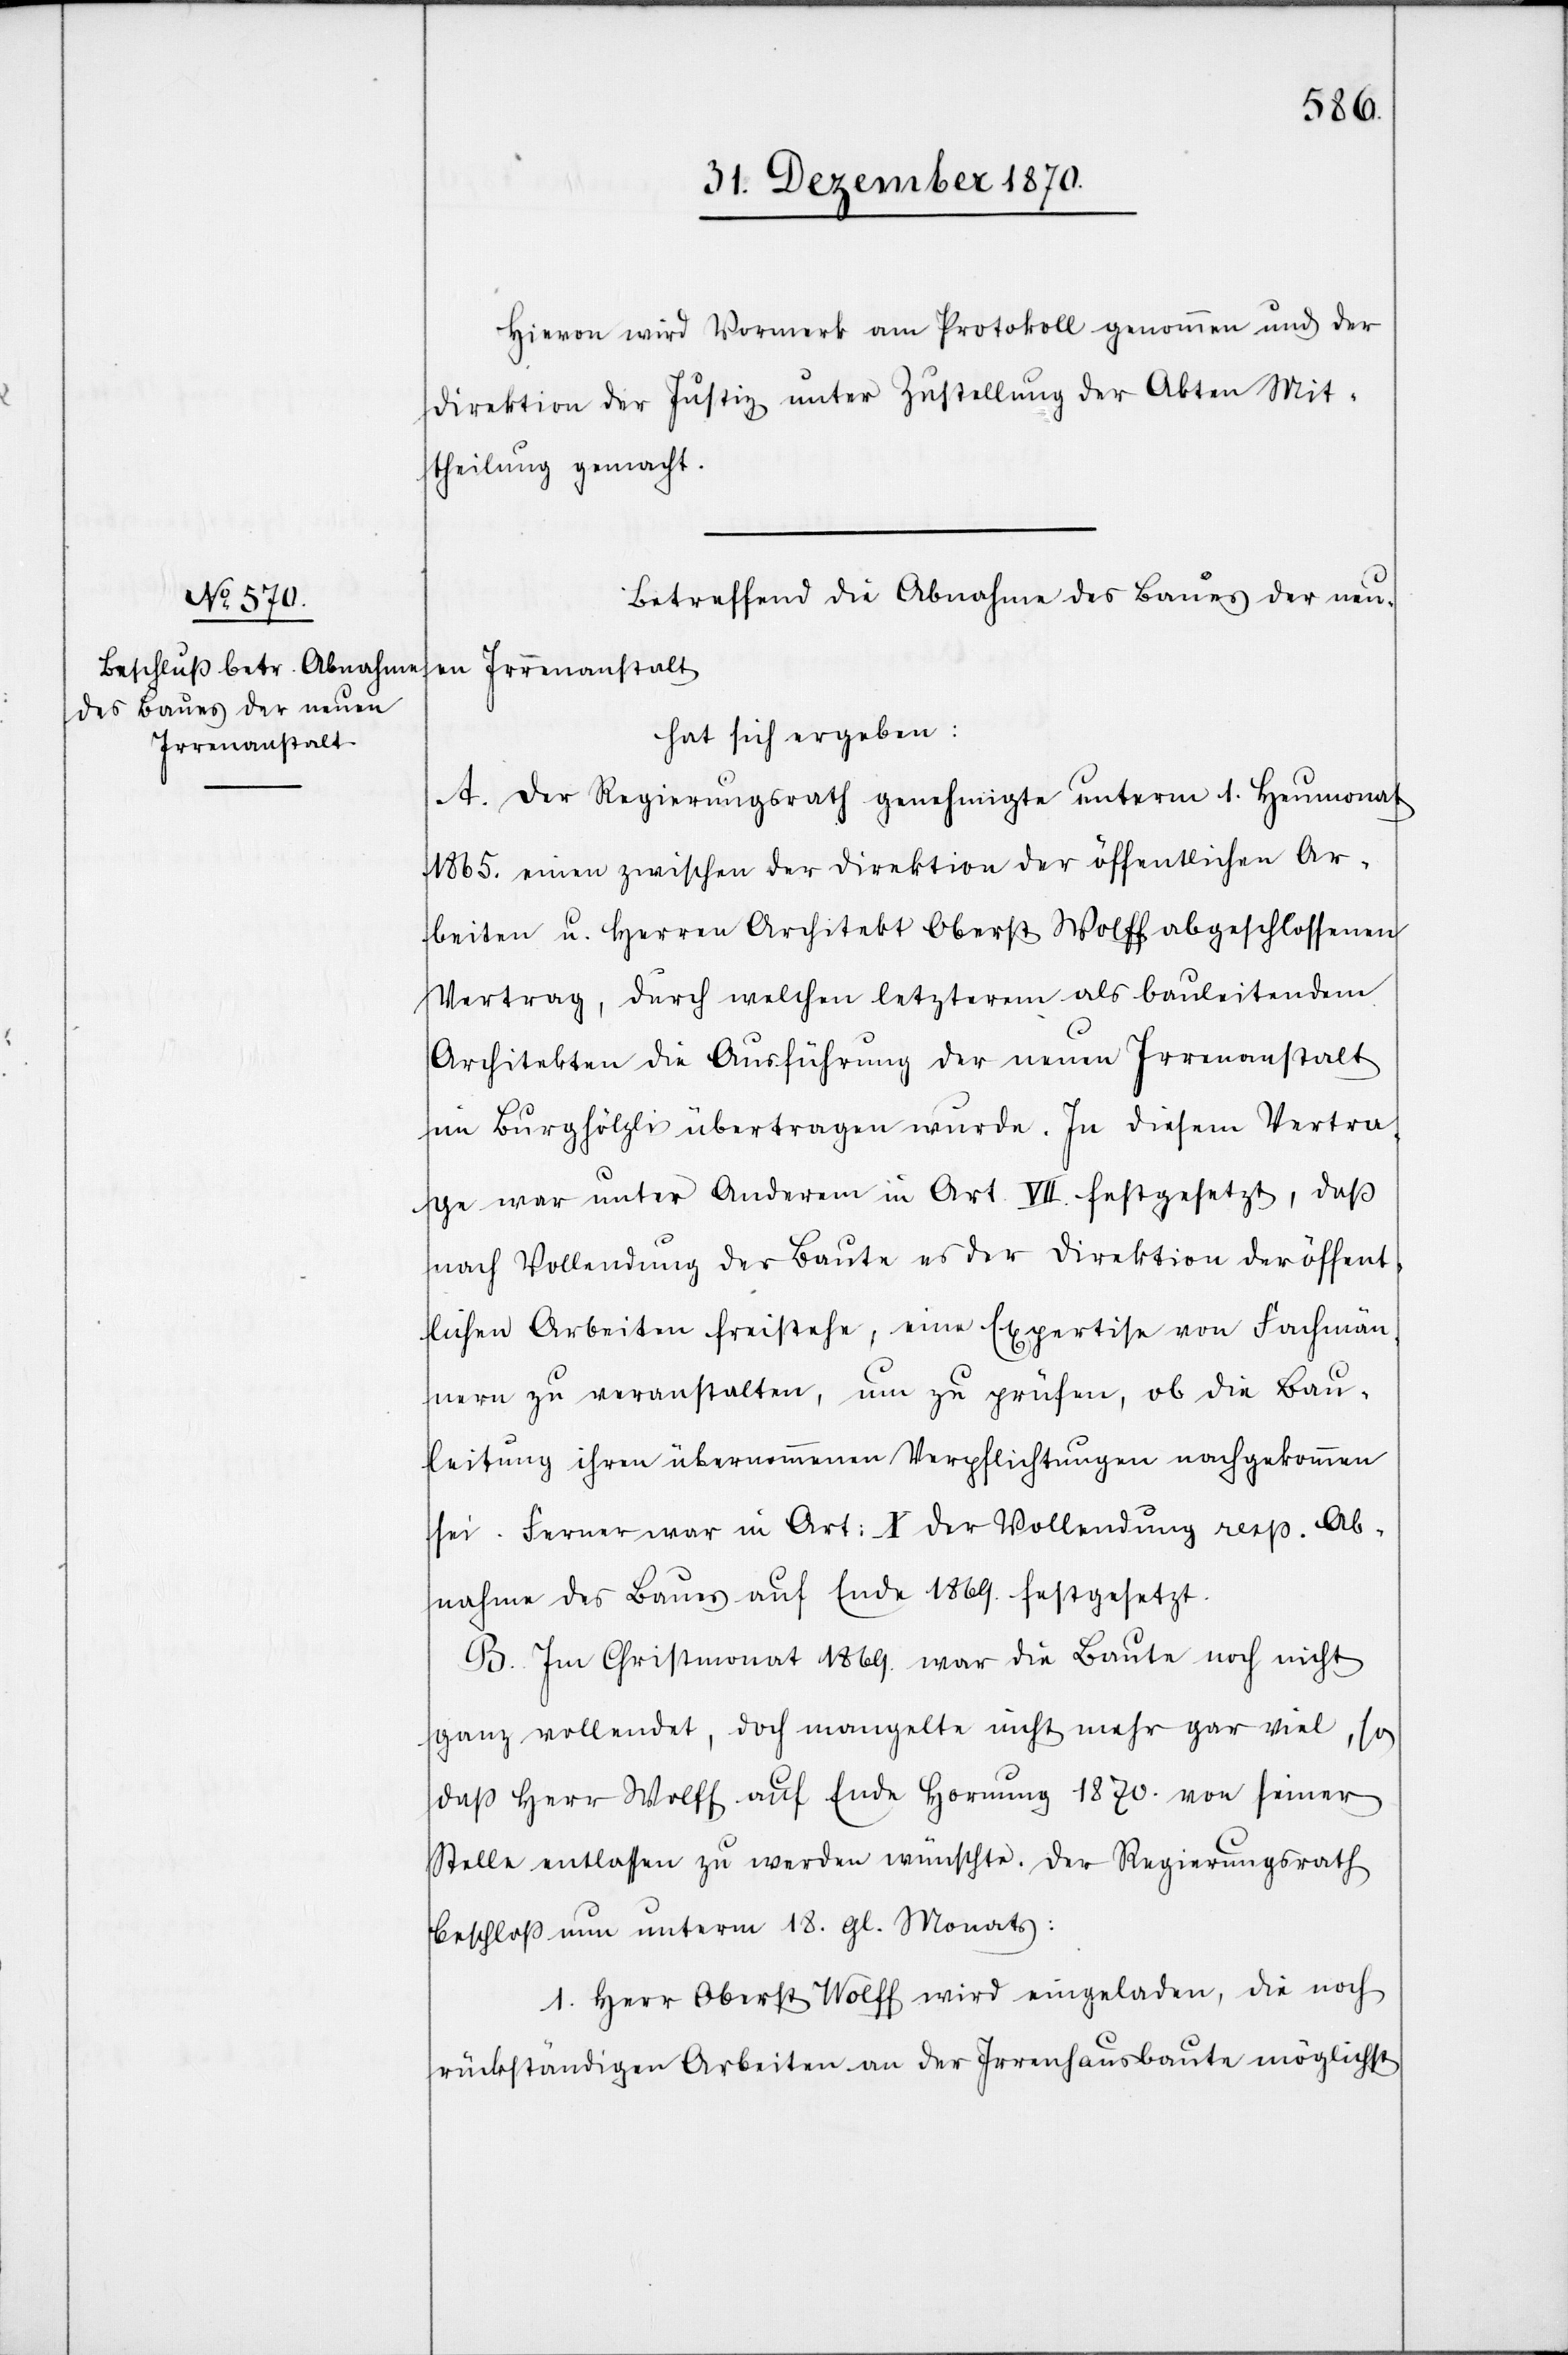
Hievon wird Vormerk am Protokoll genommen und der
Direktion der Justiz unter Zustellung der Akten Mit¬
theilung gemacht.
Betreffend die Abnahme des Baues der neu¬
en Irrenanstalt
hat sich ergeben:
A. Der Regierungsrath genehmigte unterm 1. Heumonat
1865. einen zwischen der Direktion der öffentlichen Ar¬
beiten u. Herren Architekt Oberst Wolff abgeschlossenen
Vertrag, durch welchen letzterem als bauleitendem
Architekten die Ausführung der neuen Irrenanstalt
im Burghölzli übertragen wurde. In diesem Vertra¬
ge war unter Anderem in Art. VII. festgesetzt, daß
nach Vollendung der Baute es der Direktion der öffent¬
lichen Arbeiten freistehe, eine Expertise von Fachmän¬
nern zu veranstalten, um zu prüfen, ob die Bau¬
leitung ihren übernommenen Verpflichtungen nachgekommen
sei. Ferner war in Art: X der Vollendung resp. Ab¬
nahme des Baues auf Ende 1869. festgesetzt.
B. Im Christmonat 1869. war die Baute noch nicht
ganz vollendet, doch mangelte nicht mehr gar viel, so
daß Herr Wolff auf Ende Hornung 1870. von seiner
Stelle entlasse zu werden wünschte. Der Regierungsrath
beschloß nun unterm 18. gl. Monats:
1. Herr Oberst Wolff wird eingeladen, die noch
rückständigen Arbeiten an der Irrenhausbaute möglichst